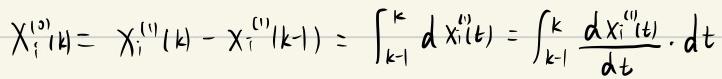
\[
X_{i}^{(1)}(k)=X_{i}^{(1)}(k)-X_{i}^{(1)}(k - 1)=\int_{k - 1}^{k}dX_{i}^{(1)}(t)=\int_{k - 1}^{k}\frac{dX_{i}^{(1)}(t)}{dt}\cdot dt
\]